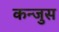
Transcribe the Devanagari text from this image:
कन्जुस